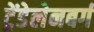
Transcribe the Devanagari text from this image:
ट्रेंडेलेनबर्ग